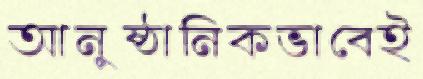
আনুষ্ঠানিকভাবেই